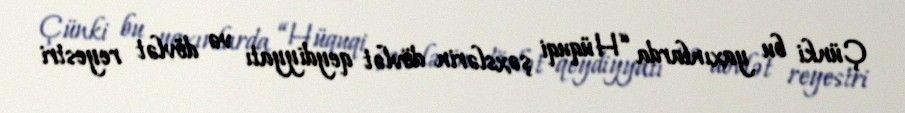
Çünki bu yaxınlarda “Hüquqi şəxslərin dövlət qeydiyyatı və dövlət reyestri